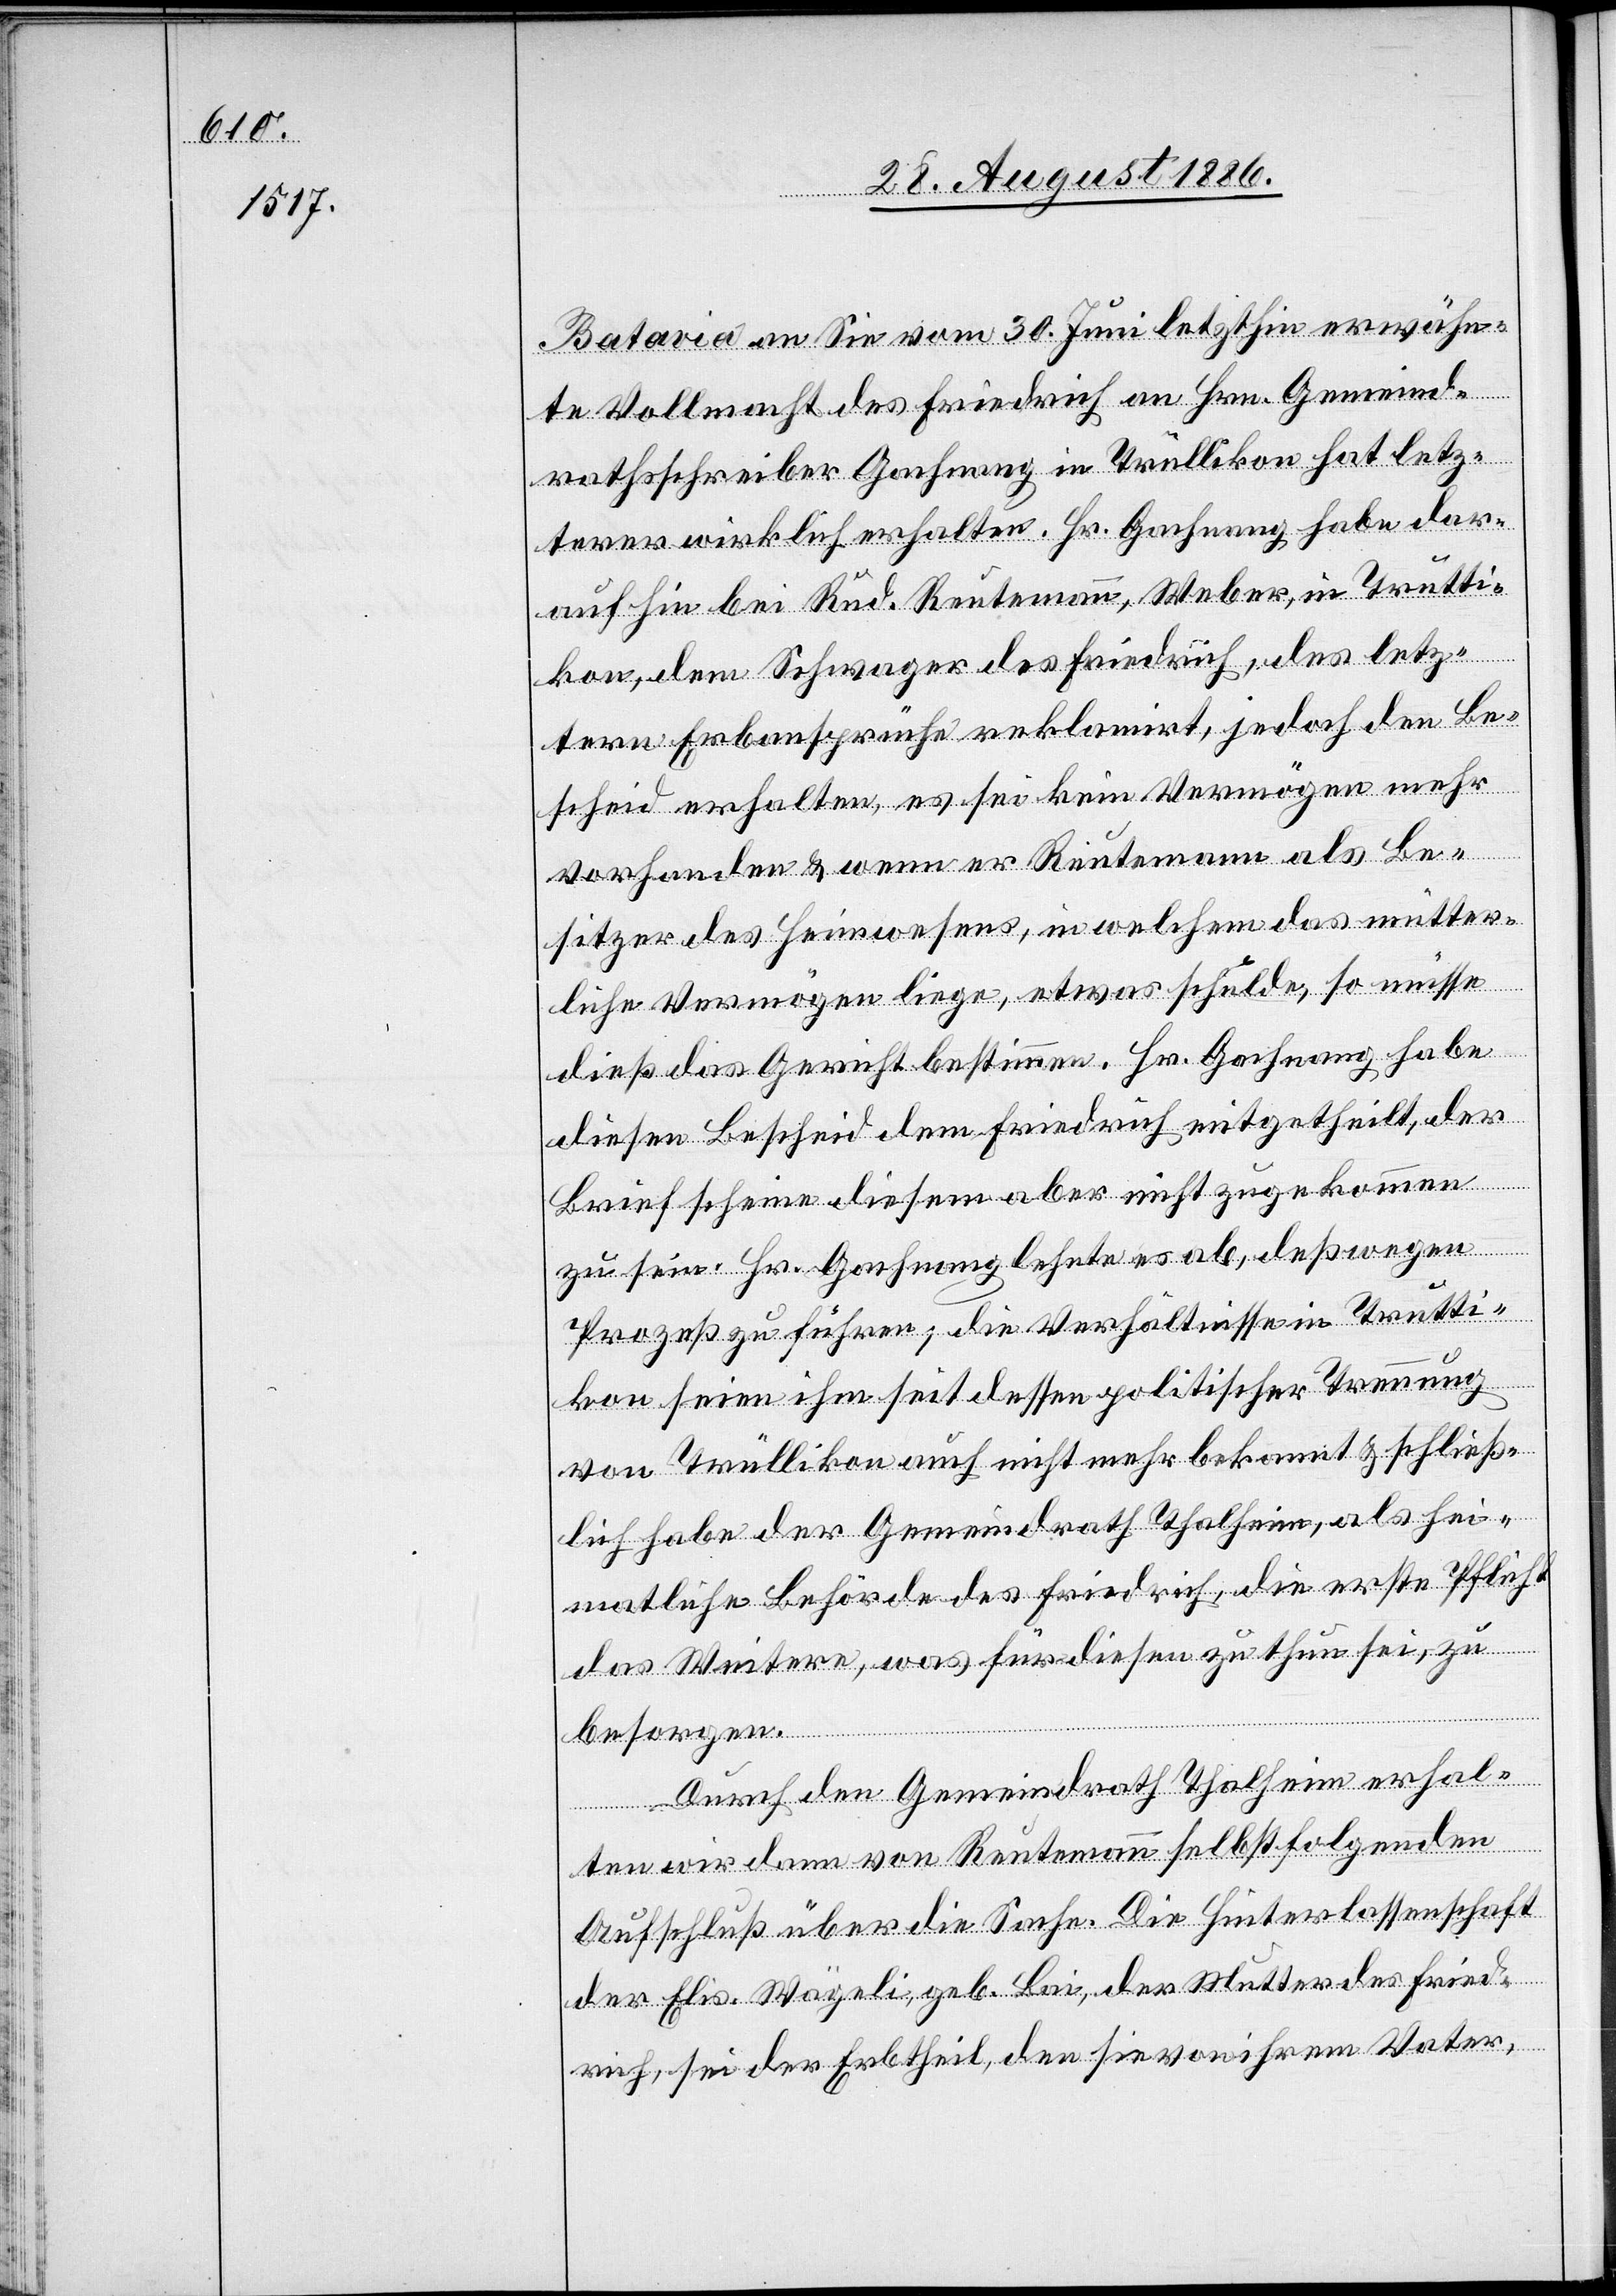
Batavia an Sie vom 30. Juni letzthin erwähn¬
te Vollmacht des Friedrich an Hrn. Gemeind¬
rathsschreiber Gachnang in Trüllikon hat letz¬
terer wirklich erhalten. Hr. Gachnang habe dar¬
auf hin bei Rud. Reutemann, Weber, in Trutti¬
kon, dem Schwager des Friedrich, des letz¬
tern Erbansprüche reklamirt, jedoch den Be¬
scheid erhalten, es sei kein Vermögen mehr
vorhanden & wenn er Reutemann als Be¬
sitzer des Heimwesens, in welchem das mütter¬
liche Vermögen liege, etwas schulde, so müsse
dieß das Gericht bestimmen. Hr. Gachnang habe
diesen Bescheid dem Friedrich mitgetheilt, der
Brief scheine diesem aber nicht zugekommen
zu sein. Hr. Gachnang lehnte es ab, deßwegen
Prozeß zu führen; die Verhältnisse in Trutti¬
kon seien ihm seit dessen politischer Trennung
von Trüllikon auch nicht mehr bekannt & schließ¬
lich habe der Gemeindrath Thalheim, als hei¬
matliche Behörde des Friedrich, die erste Pflicht
das Weitere, was für diesen zu thun sei, zu
besorgen.
Durch den Gemeindrath Thalheim erhal¬
ten wir dann von Reutemann selbst folgenden
Aufschluß über die Sache. Die Hinterlassenschaft
der Elis. Wägeli, geb. Bai, der Mutter des Fried¬
rich, sei der Erbtheil, den sie von ihrem Vater,